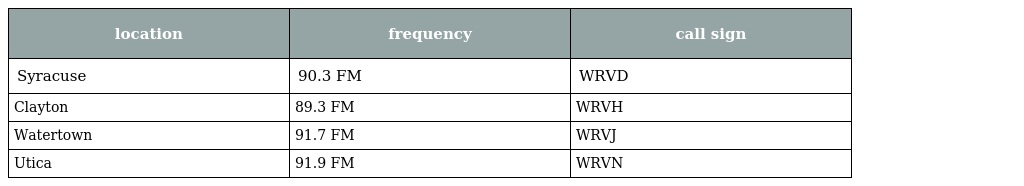
| location | frequency | call sign |
 | --- | --- | --- |
 | Syracuse | 90.3 FM | WRVD |
 | Clayton | 89.3 FM | WRVH |
 | Watertown | 91.7 FM | WRVJ |
 | Utica | 91.9 FM | WRVN |